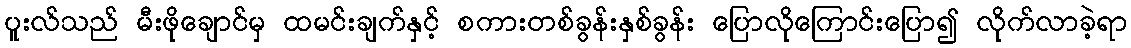
ပူးလ်သည် မီးဖိုချောင်မှ ထမင်းချက်နှင့် စကားတစ်ခွန်းနှစ်ခွန်း ပြောလိုကြောင်းပြော၍ လိုက်လာခဲ့ရာ